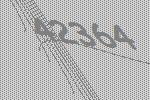
42364